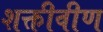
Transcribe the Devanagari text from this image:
शक्तीवीण